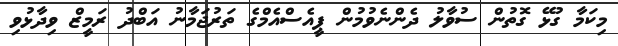
މިކަމާ ގުޅޭ ގޮތުން ސުވާލު ދެންނެވުމުން ޕީއެސްއެމްގެ ތަރުޖަމާނު އަބްދު ރަމީޒް ވިދާޅުވި